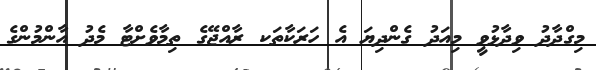
މިގްދާދު ވިދާޅުވީ މިއަދު ގެންދިޔަ އެ ހަރަކާތަކ ރާއްޖޭގެ ތިމާވެށްޓާ މެދު އާންމުންގެ